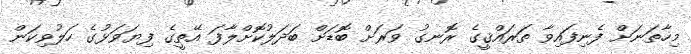
މިހާތަނަށް ފެނިފައިވާ ތަރައްޤީގެ ރޮނގު ވަރަށް ބޮޑަށް ބަދަލުކޮށްލާފަ އޭތީގެ ފިޔަވަޅުގެ ހަލުވިކަން